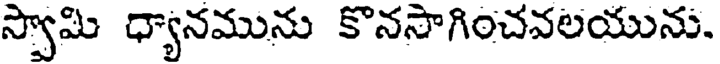
స్వామి ధ్యానమును కొనసాగించవలయును.